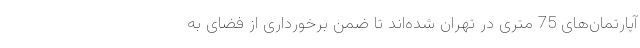
آپارتمان‌های 75 متری در تهران شده‌اند تا ضمن برخورداری از فضای به